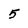
Character: 5